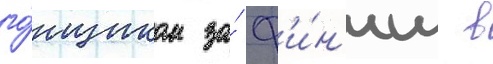
го́нщиком за́ ф'и́н'иш в